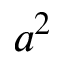
a ^ { 2 }